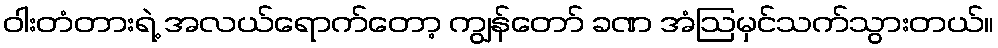
ဝါးတံတားရဲ့ အလယ်ရောက်တော့ ကျွန်တော် ခဏ အံဩမှင်သက်သွားတယ်။